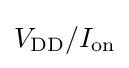
V_{\text{DD}}/I_{\text{on}}